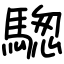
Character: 騘